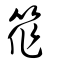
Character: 筰